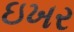
ઇખર